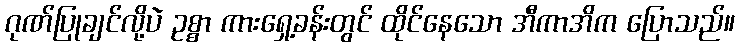
ဂုဏ်ပြုချင်လို့ပဲ ဥစ္စာ ကားရှေ့ခန်းတွင် ထိုင်နေသော အီကာအိက ပြောသည်။